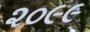
૨૦૯૯